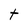
Character: t